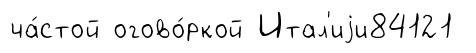
ча́стой огово́ркой Итал'иjи84121